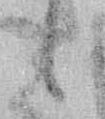
候